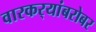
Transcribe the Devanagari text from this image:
वारकर्‍यांबरोबर